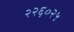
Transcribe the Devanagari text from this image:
२२६०२५